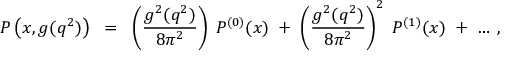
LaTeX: P \left( x , g ( q ^ { 2 } ) \right) \; \; = \; \; \left( \frac { g ^ { 2 } ( q ^ { 2 } ) } { 8 \pi ^ { 2 } } \right) \; P ^ { ( 0 ) } ( x ) \; + \; \left( \frac { g ^ { 2 } ( q ^ { 2 } ) } { 8 \pi ^ { 2 } } \right) ^ { 2 } \; P ^ { ( 1 ) } ( x ) \; + \; \ldots \; ,